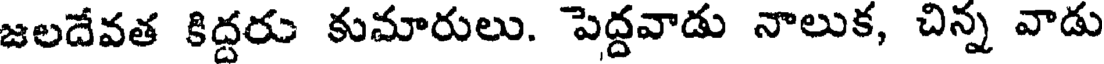
జలదేవత కిద్దరు కుమారులు. పెద్దవాడు నాలుక, చిన్న వాడు